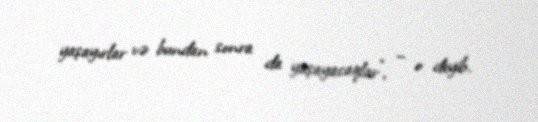
yaşayırlar və bundan sonra da yaşayacaqlar”, – o deyib.